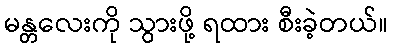
မန္တလေးကို သွားဖို့ ရထား စီးခဲ့တယ်။